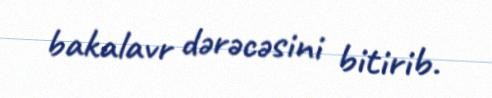
bakalavr dərəcəsini bitirib.